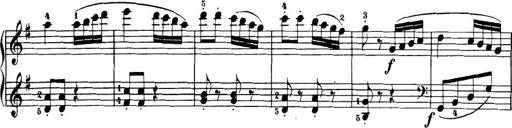
Title: 32 Sonatinas and Rondos for the Piano
Composer: Richard Kleinmichel